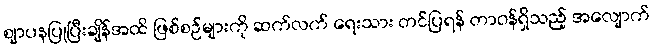
ဈာပနပြုပြီးချိန်အထိ ဖြစ်စဉ်များကို ဆက်လက် ရေးသား တင်ပြရန် တာဝန်ရှိသည့် အလျောက်